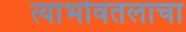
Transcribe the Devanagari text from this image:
त्याभोवतलाचा